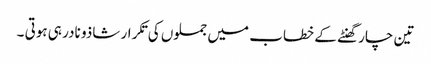
تین چار گھنٹے کے خطاب میں جملوں کی تکرار شاذو نادر ہی ہوتی ۔